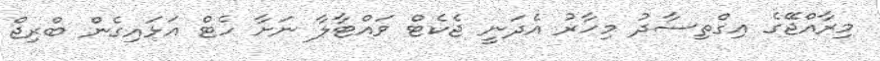
މިރާއްޖޭގެ އިގްތިސާދު މިހާރު އެދަނީ ޖެކެޓް ވައްޓާލާ ނަށާ ހެޓް އަޅައިގެން ބްރިޖް